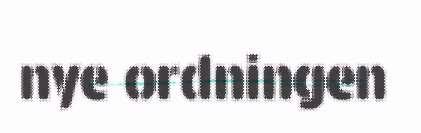
nye ordningen